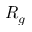
R _ { g }